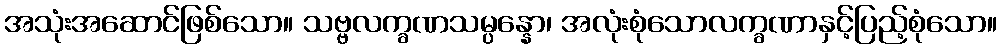
အသုံးအဆောင်ဖြစ်သော။ သဗ္ဗလက္ခဏသမ္ပန္နော၊ အလုံးစုံသောလက္ခဏာနှင့်ပြည့်စုံသော။